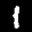
Label: 1